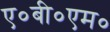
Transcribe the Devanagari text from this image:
ए०बी०एम०